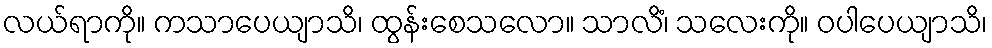
လယ်ရာကို။ ကသာပေယျာသိ၊ ထွန်းစေသလော။ သာလိံ၊ သလေးကို။ ဝပါပေယျာသိ၊